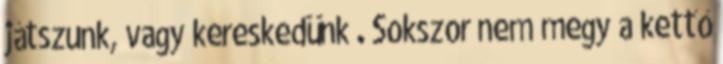
játszunk, vagy kereskedünk . Sokszor nem megy a kettő